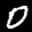
Label: 0